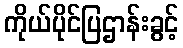
ကိုယ်ပိုင်ပြဌာန်းခွင့်